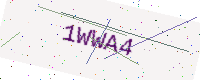
Text: 1WWA4